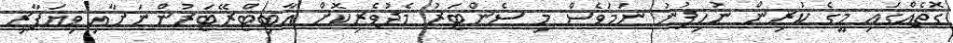
ގޮތެއްގައި މީގެ ކުރިން ނުހިފުނު ނަމަވެސް މި ސެންޓަރު މެދުވެރިކޮށް އާބިޓްރޭޓަރުންނަށާއި ވިޔަފާރި